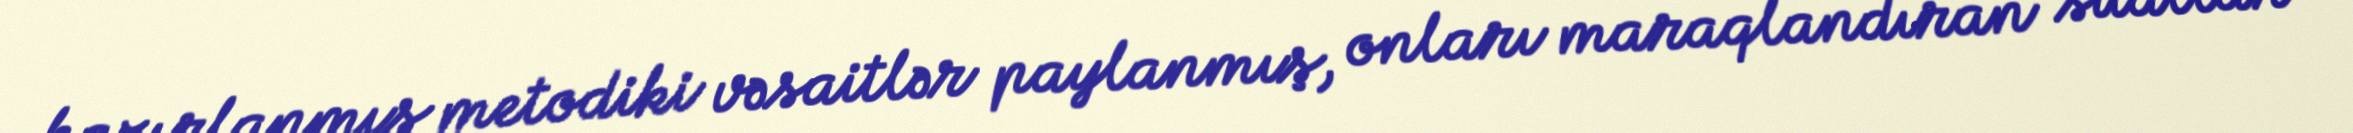
hazırlanmış metodiki vəsaitlər paylanmış, onları maraqlandıran suallar